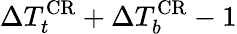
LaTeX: \Delta T_{t}^{\mathrm{CR}}+\Delta T_{b}^{\mathrm{CR}}-1